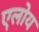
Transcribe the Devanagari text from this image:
एलोय